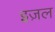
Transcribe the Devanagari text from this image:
इज़ल